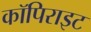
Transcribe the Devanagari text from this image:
कॉपिराइट